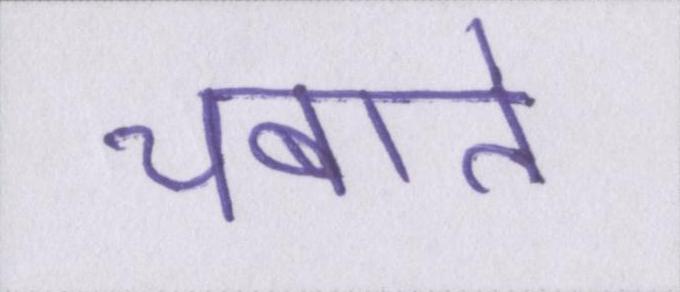
चबाते